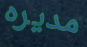
مديره